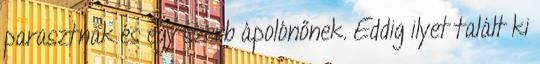
parasztnak és egy szerb ápolónőnek. Eddig ilyet talált ki